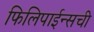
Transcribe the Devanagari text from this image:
फिलिपाईन्सची